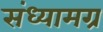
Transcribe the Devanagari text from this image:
संध्यामग्र